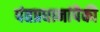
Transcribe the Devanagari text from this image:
पंतप्रधानांपैकी